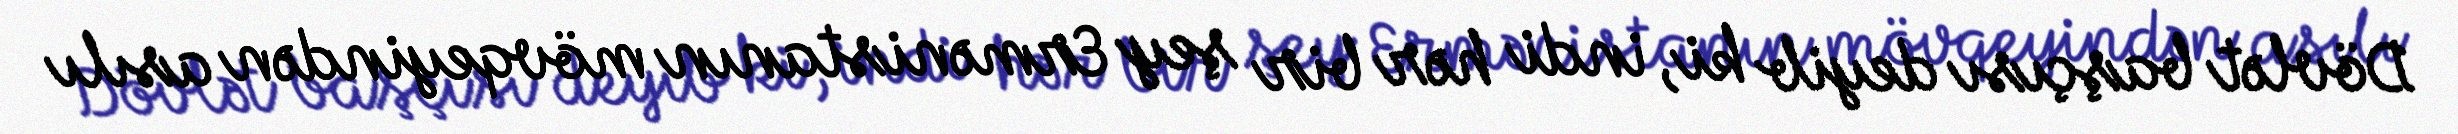
Dövlət başçısı deyib ki, indi hər bir şey Ermənistanın mövqeyindən asılı